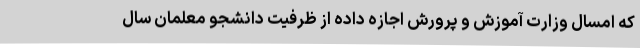
که امسال وزارت آموزش و پرورش اجازه داده از ظرفیت دانشجو معلمان سال